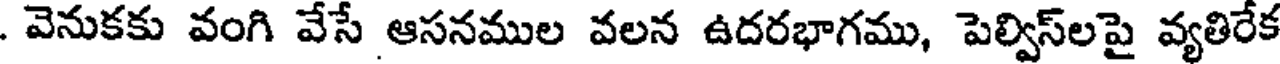
. వెనుకకు వంగి వేసే ఆసనముల వలన ఉదరభాగము, పెల్విస్లపై వ్యతిరేక